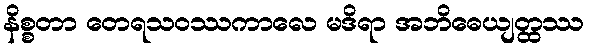
နိစ္စတာ တေရသဝဿကာလေ မဒိရာ အဘိဓေယျတ္ထဿ